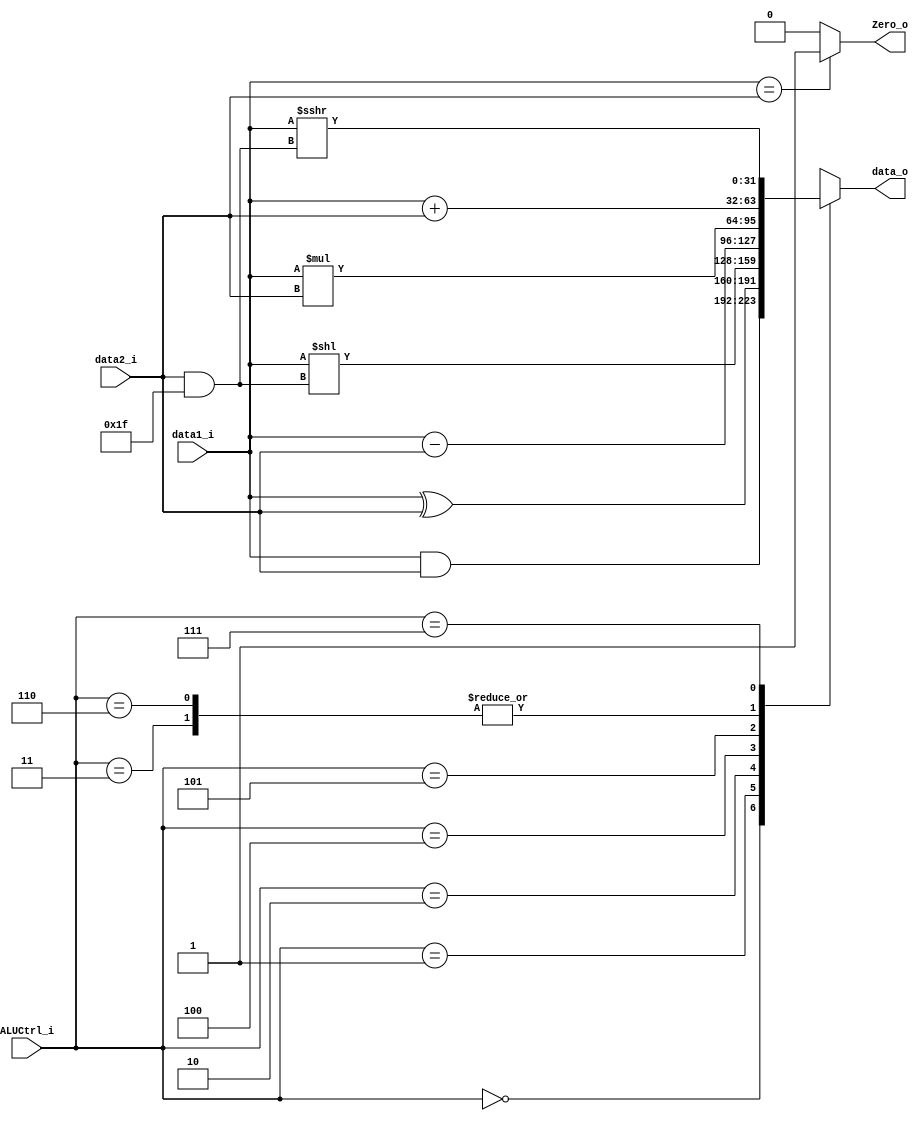
module ALU(
    data1_i,
    data2_i,
    ALUCtrl_i,
    data_o,
    Zero_o
);

input   [31:0]      data1_i, data2_i;
input   [2:0]       ALUCtrl_i;
output  [31:0]      data_o;
output              Zero_o;

reg     [31:0]      data_o;

assign Zero_o = (data1_i == data2_i)? 1'b1 : 1'b0;

`define AND 3'b000
`define XOR 3'b001
`define SLL 3'b010
`define ADD 3'b011
`define SUB 3'b100
`define MUL 3'b101
`define ADDI 3'b110
`define SRAI 3'b111

always @* begin
    case (ALUCtrl_i)
        `AND: data_o = data1_i & data2_i;
        `XOR: data_o = data1_i ^ data2_i;
        `SLL: data_o = data1_i << (data2_i & 32'b011111);
        `ADD: data_o = data1_i + data2_i;
        `SUB: data_o = data1_i - data2_i;
        `MUL: data_o = data1_i * data2_i;
        `ADDI: data_o = data1_i + data2_i;
        `SRAI: data_o = data1_i >>> (data2_i & 32'b011111);
    endcase
end

endmodule